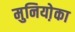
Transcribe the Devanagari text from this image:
मुनियो़का